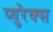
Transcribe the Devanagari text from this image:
प्युरेक्स